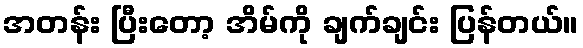
အတန်း ပြီးတော့ အိမ်ကို ချက်ချင်း ပြန်တယ်။